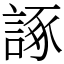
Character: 諑